Code of medical and sanitary regulations for the guidance of medical officers serving in the Madras Presidency - Volume I
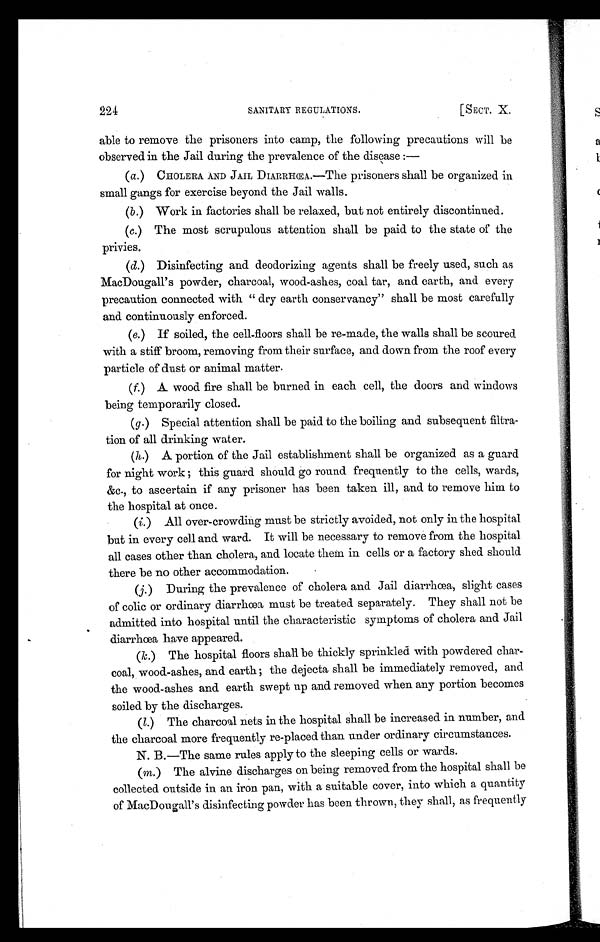
224
SANITARY REGULATIONS.
[SECT. X.
able to remove the prisoners into camp, the following precautions will be
observed in the Jail during the prevalence of the disease :
—
(a. ) CHOLERA AND JAIL DIARRHŒA.—The prisoners shall be organized in
small gangs for exercise beyond the Jail walls.
(b.) Work in factories shall be relaxed, but not entirely discontinued.
(c.) The most scrupulous attention shall be paid to the state of the
privies.
(d.) Disinfecting and deodorizing agents shall be freely used, such as
MacDougall's powder, charcoal, wood-ashes, coal tar, and earth, and every
precaution connected with " dry earth conservancy" shall be most carefully
and continuously enforced.
(e.) If soiled, the cell-floors shall be re-made, the walls shall be scoured
with a stiff broom, removing from their surface, and down from the roof every
particle of dust or animal matter.
(f.) A wood fire shall be burned in each cell, the doors and windows
being temporarily closed.
(h.) Special attention shall be paid to the boiling and subsequent filtra-
tion of all drinking water.
(i.) A portion of the Jail establishment shall be organized as a guard
for night work ; this guard should go round frequently to the cells, wards,
&c., to ascertain if any prisoner has been taken ill, and to remove him to
the hospital at once.
(i. ) All over-crowding must be strictly avoided, not only in the hospital
but in every cell and ward. It will be necessary to remove from the hospital
all cases other than cholera, and locate them in cells or a factory shed should
there be no other accommodation.
(j.) During the prevalence of cholera and Jail diarrhoea, slight cases
of colic or ordinary diarrhœa must be treated separately. They shall not be
admitted into hospital until the characteristic symptoms of cholera and Jail
diarrhœa have appeared.
(k.) The hospital floors shall be thickly sprinkled with powdered char-
coal, wood-ashes, and earth; the dejecta shall be immediately removed, and
the wood-ashes and earth swept up and removed when any portion becomes
soiled by the discharges.
(l. ) The charcoal nets in the hospital shall be increased in number, and
the charcoal more frequently re-placed than under ordinary circumstances.
N. B.—The same rules apply to the sleeping cells or wards.
(m. ) The alvine discharges on being removed from the hospital shall be
collected outside in an iron pan, with a suitable cover, into which a quantity
of MacDougall's disinfecting powder has been thrown, they shall, as frequently